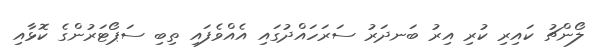
ލޯންޗު ކައިރި ކުރި އިރު ބަނދަރު ސަރަހައްދުގައި އެއްވެފައި ތިބި ސަޕޯޓަރުންގެ ކޮޅާއި